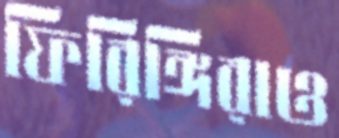
ফিরিঙ্গিরাও